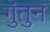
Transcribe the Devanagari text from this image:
गुंतुन